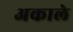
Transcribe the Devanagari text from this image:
अकाले